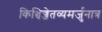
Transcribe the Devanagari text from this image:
किञ्चिज्जेतव्यमर्जुनात्र